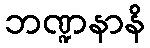
ဘဏ္ဍနာနိ